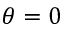
\theta = 0